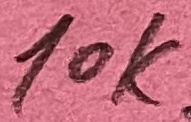
Text: 10k